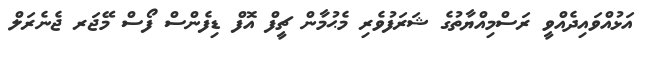
އަޅުއްވައިދެއްވީ ރަސްމިއްޔާތުގެ ޝަރަފުވެރި މެޙުމާން ޗީފް އޮފް ޑިފެންސް ފޯސް މޭޖަރ ޖެނެރަލް